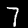
Digit: 7